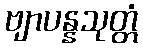
ဗျာပန္နသုတ္တံ